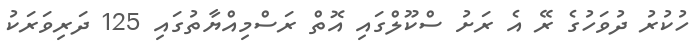
ހުކުރު ދުވަހުގެ ރޭ އެ ރަށު ސްކޫލްގައި އޮތް ރަސްމިއްޔާތުގައި 125 ދަރިވަރަކު